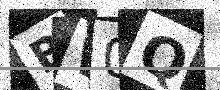
Text: BW0Q